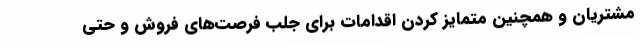
مشتریان و همچنین متمایز کردن اقدامات برای جلب فرصت‌های فروش و حتی